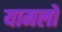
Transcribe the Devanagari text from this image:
यामलों